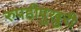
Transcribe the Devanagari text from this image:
रुपहीपुखुरी